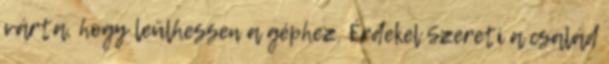
várta, hogy leülhessen a géphez. Érdekel Szereti a család